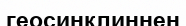
геосинклиннен